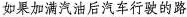
如果加满汽油后汽车行驶的路